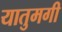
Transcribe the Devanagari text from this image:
यातुमगी